Report on leprosy in the North-Western Provinces
Disease focus: Leprosy
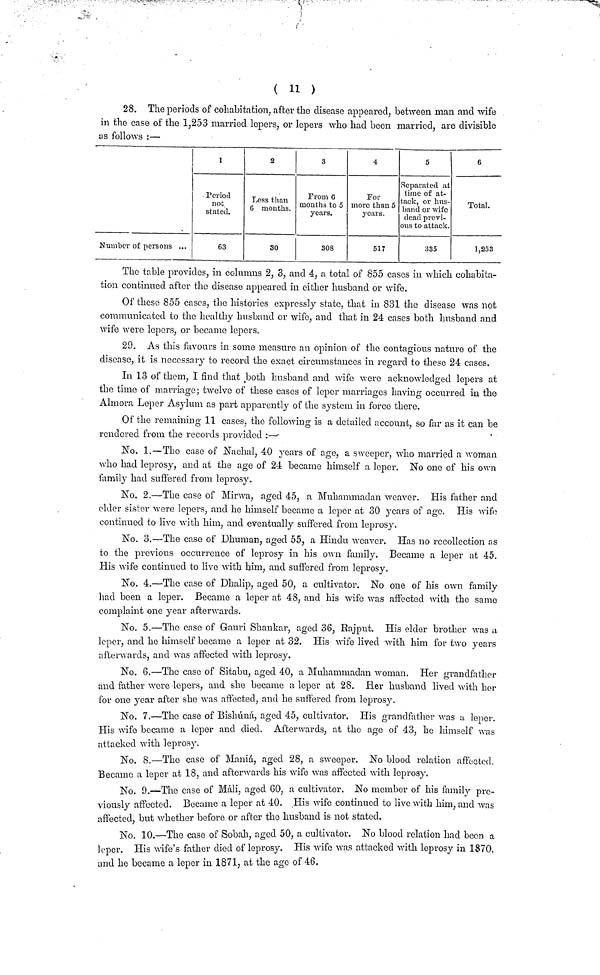
( 11 )
28. The periods of cohabitation, after the disease appeared, between man and wife
in the case of the 1,253 married lepers, or lepers who had been married, are divisible
as follows :—
Number of persons ...
1
Period
not
staled.
63
2
Less than
6 months.
30
3
from 6
months to 5
years.
308
4
For
more than 5
years.
517
5
Separated at
time of at-
tack, or hus-
band or wife
dead previ-
ous to attack.
335
6
Total.
1,253
The table provides, in columns 2, 3, and 4, a total of 855 cases in which cohabita-
tion continued after the disease appeared in either husband or wife.
Of these 855 cases, the histories expressly state, that in 831 the disease was not
communicated to the healthy husband or wife, and that in 24 cases both husband and
wife were lepers, or became lepers.
29. As this favours in some measure an opinion of the contagious nature of the
discaso, it is necessary to record the exact circumstances in regard to these 24 cases.
In 13 of them, I find that both husband and wife were acknowledged lepers at
the time of marriage; twelve of these cases of leper marriages having occurred in the
Almora Leper Asylum as part apparently of the system in force there.
Of the remaining 11 cases, the following is a detailed account, so far as it can be
rendered from the records provided :—-
No. 1.—The case of Nachal, 40 years of age, a sweeper, who married a woman
who had leprosy, and at the age of 24 became himself a leper. No one of his own
family had suffered from leprosy.
No. 2.—The case of Mirwa, aged 45, a Muhammadan weaver. His father and
elder sister were lepers, and he himself became a leper at 30 years of age. PL's wife
continued to live with him, and eventually suffered from leprosy.
No. 3.—The case of Dhuman, aged 55, a Hindu weaver. Has no recollection as
to the previous occurrence of leprosy in his own family. Became a leper at 45.
His wife continued to live with him, and suffered from leprosy.
No. 4.—The case of Dhalip, aged 50, a cultivator. No one of his own family
had been a leper. Became a leper at 48, and his wife was affected with the same
complaint one year afterwards.
No.5.—The case of Gauri Shankar, aged 36, Rajput. His elder brother was a
leper, and he himself became a leper at 32. His wife lived with him for two years
afterwards, and was affected with leprosy.
No. 6.—The case of Sitabu, aged 40, a Muhammadan woman. Her grandfather
and father were lepers, and she became a leper at 28. Her husband lived with her
for one year after she was affected, and he suffered from leprosy.
No. 7-The case of Bishúná, aged 45, cultivator. His grandfather was a leper.
His wife became a leper and died. Afterwards, at the age of 43, he himself was
attacked with leprosy.
No. 8.-The case of Maniá, aged 28, a sweeper. No blood relation affected,
Became a leper at 18, and afterwards his wife was affected with leprosy.
No. 9.-The case of Mali, aged 60, a cultivator. No member of his family pre-
viously affected. Became a leper at 40. .His wife continued to live with him, and was
affected, but whether before or after the husband is not stated.
No. 10.-The case of Sobah, aged 50, a cultivator. No blood relation had been a
leper. His wife's father died of leprosy. His wife was attacked with leprosy in 1870.
and he became a leper in 1871, at the ago of 46.